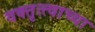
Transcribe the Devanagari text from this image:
वक्तृत्त्वाच्या